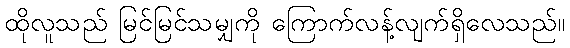
ထိုလူသည် မြင်မြင်သမျှကို ကြောက်လန့်လျက်ရှိလေသည်။